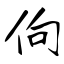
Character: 佝